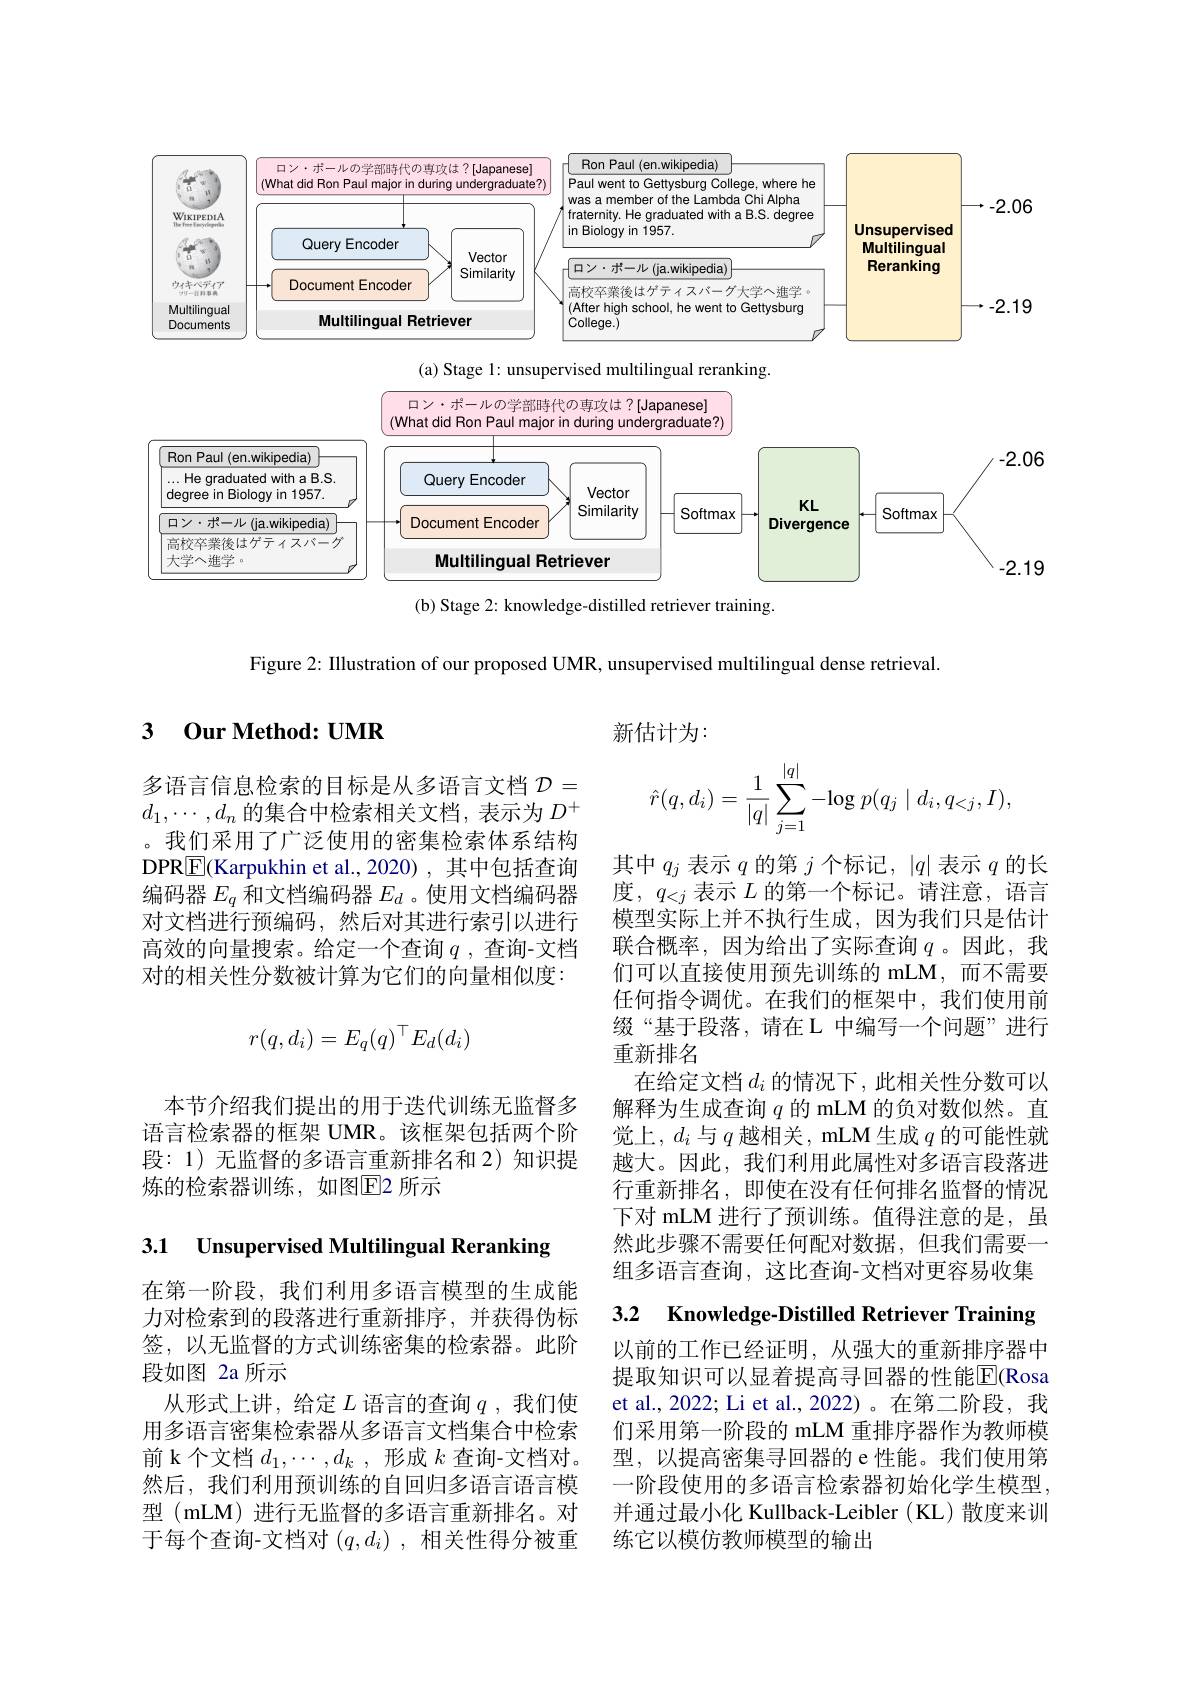
<FigureHere>
(b) Stage 2: knowledge-distilled retriever training.

Figure 2: Illustration of our proposed UMR, unsupervised multilingual dense retrieval.

### 3 0ur Method: UMR

新估计为：
$$\hat{r}(q,d_i)=\dfrac{1}{|q|}\sum_{j=1}^{|q|}-\log p(q_j\mid d_i,q_{<j},I),$$
多语言信息检索的目标是从多语言文档$\mathcal{D}=$ $d_1,\cdots,d_n$的集合中检索相关文档，表示为$D^+$ 。我们采用了广泛使用的密集检索体系结构DPR$\boxed{\mathrm{F}}($Karpukhin et al., 2020) , 其中包括查询编码器$E_q$和文档编码器$E_d$ 。使用文档编码器对文档进行预编码，然后对其进行索引以进行高效的向量搜索。给定一个查询$q$ ,查询-文档对的相关性分数被计算为它们的向量相似度：
$$r(q,d_i)=E_q(q)^\top E_d(d_i)$$
其中$q_j$表示$q$的第$j$个标记，$|q|$表示$q$的长度，$q_{<j}$表示 $L$ 的第一个标记。请注意，语言模型实际上并不执行生成，因为我们只是估计联合概率，因为给出了实际查询$q$。因此，我们可以直接使用预先训练的 mLM,而不需要任何指令调优。在我们的框架中，我们使用前缀“基于段落，请在 L 中编写一个问题”进行重新排名
在给定文档$d_i$的情况下，此相关性分数可以解释为生成查询$q$的 mLM 的负对数似然。直觉上，$d_i$与$q$越相关，mLM生成$q$的可能性就越大。因此，我们利用此属性对多语言段落进行重新排名，即使在没有任何排名监督的情况下对 mLM 进行了预训练。值得注意的是，虽然此步骤不需要任何配对数据，但我们需要一组多语言查询，这比查询-文档对更容易收集

本节介绍我们提出的用于迭代训练无监督多语言检索器的框架 UMR。该框架包括两个阶段：1)无监督的多语言重新排名和 2)知识提炼的检索器训练，如图E2 所示

3.1 Unsupervised Multilingual Reranking

3.2 Knowledge-Distilled Retriever Training

在第一阶段，我们利用多语言模型的生成能力对检索到的段落进行重新排序，并获得伪标签，以无监督的方式训练密集的检索器。此阶段如图 2a 所示
从形式上讲，给定$L$语言的查询$q$ ,我们使用多语言密集检索器从多语言文档集合中检索前 k 个文档$d_1,\cdots,d_k$ ,形成$k$查询-文档对。然后，我们利用预训练的自回归多语言语言模型 (mLM) 进行无监督的多语言重新排名。对于每个查询-文档对$(q,d_i)$ ,相关性得分被重

以前的工作已经证明，从强大的重新排序器中提取知识可以显着提高寻回器的性能$\overline{\mathrm{E}}($Rosa et al., 2022; Li et al., 2022)。在第二阶段，我们采用第一阶段的 mLM 重排序器作为教师模型，以提高密集寻回器的 e 性能。我们使用第一阶段使用的多语言检索器初始化学生模型， 并通过最小化 Kullback-Leibler ( KL) 散度来训练它以模仿教师模型的输出